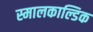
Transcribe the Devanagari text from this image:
स्मालकाल्डिक